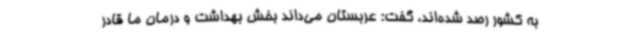
به کشور رصد شده‌اند، گفت: عربستان می‌داند بخش بهداشت و درمان ما قادر